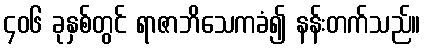
၄၀၆ ခုနှစ်တွင် ရာဇာဘိသေကခံ၍ နန်းတက်သည်။